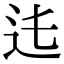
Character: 𨑞